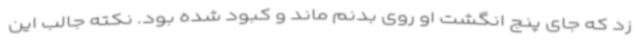
زد که جای پنج انگشت او روی بدنم ماند و کبود شده بود. نکته جالب این